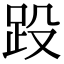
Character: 䟝